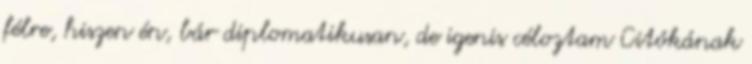
félre, hiszen én, bár diplomatikusan, de igenis céloztam Citókának